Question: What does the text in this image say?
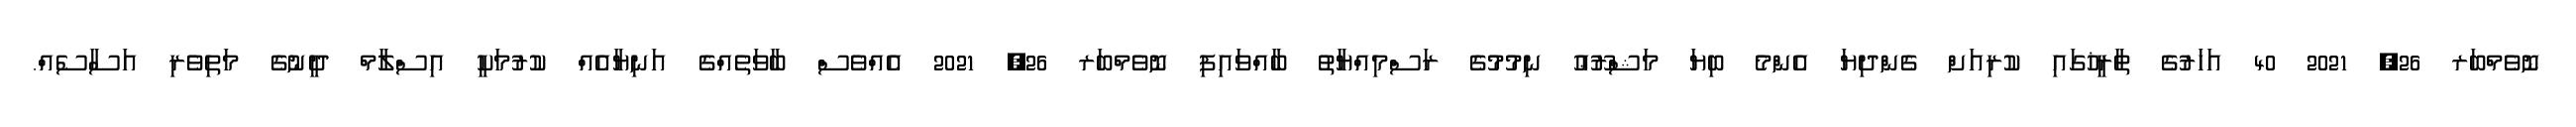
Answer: ނޮވެމްބަރ 26, 2021 40 އަހަރުގެ ތާރީޚުގައި ކުރިއަށް ގެންދިޔަ އެންމެ ބިޔަ މަޝްރޫޢު ނިމުމުގެ ރަސްމިއްޔާތު ބާއްވައިފި ނޮވެމްބަރ 26, 2021 އެއްވެސް ބާވަތެއްގެ އަނިޔާއެއް ކުރުމަކީ އިސްލާމް ދީނުގެ މަތިވެރި އަސާސެއް.